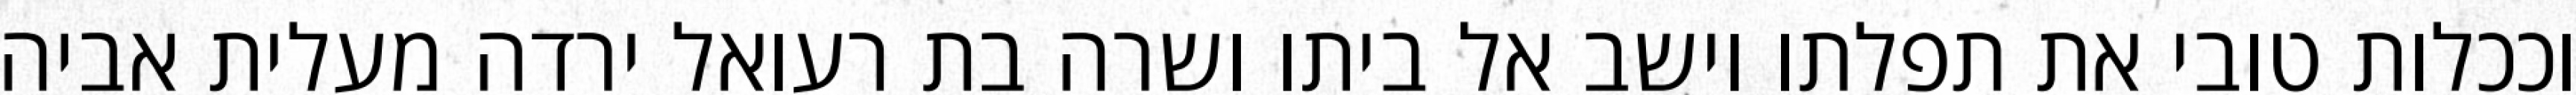
וככלות טובי את תפלתו וישב אל ביתו ושרה בת רעואל ירדה מעלית אביה